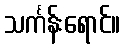
သင်္ကန်းရောင်။